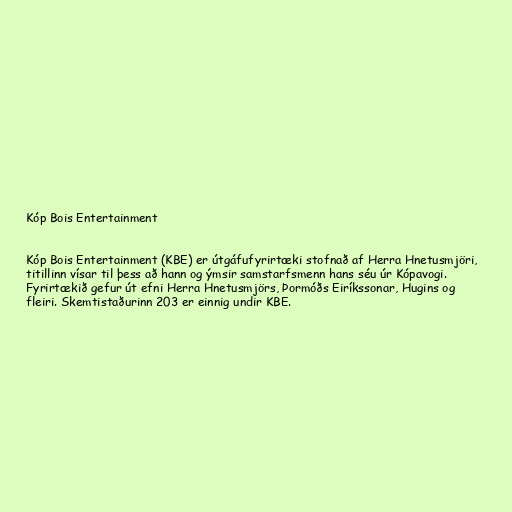
Kóp Bois Entertainment

Kóp Bois Entertainment (KBE) er útgáfufyrirtæki stofnað af Herra Hnetusmjöri,
titillinn vísar til þess að hann og ýmsir samstarfsmenn hans séu úr Kópavogi.
Fyrirtækið gefur út efni Herra Hnetusmjörs, Þormóðs Eiríkssonar, Hugins og
fleiri. Skemtistaðurinn 203 er einnig undir KBE.